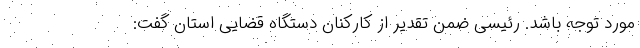
مورد توجه باشد. رئیسی ضمن تقدیر از کارکنان دستگاه قضایی استان گفت: